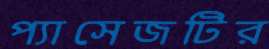
প্যাসেজটির